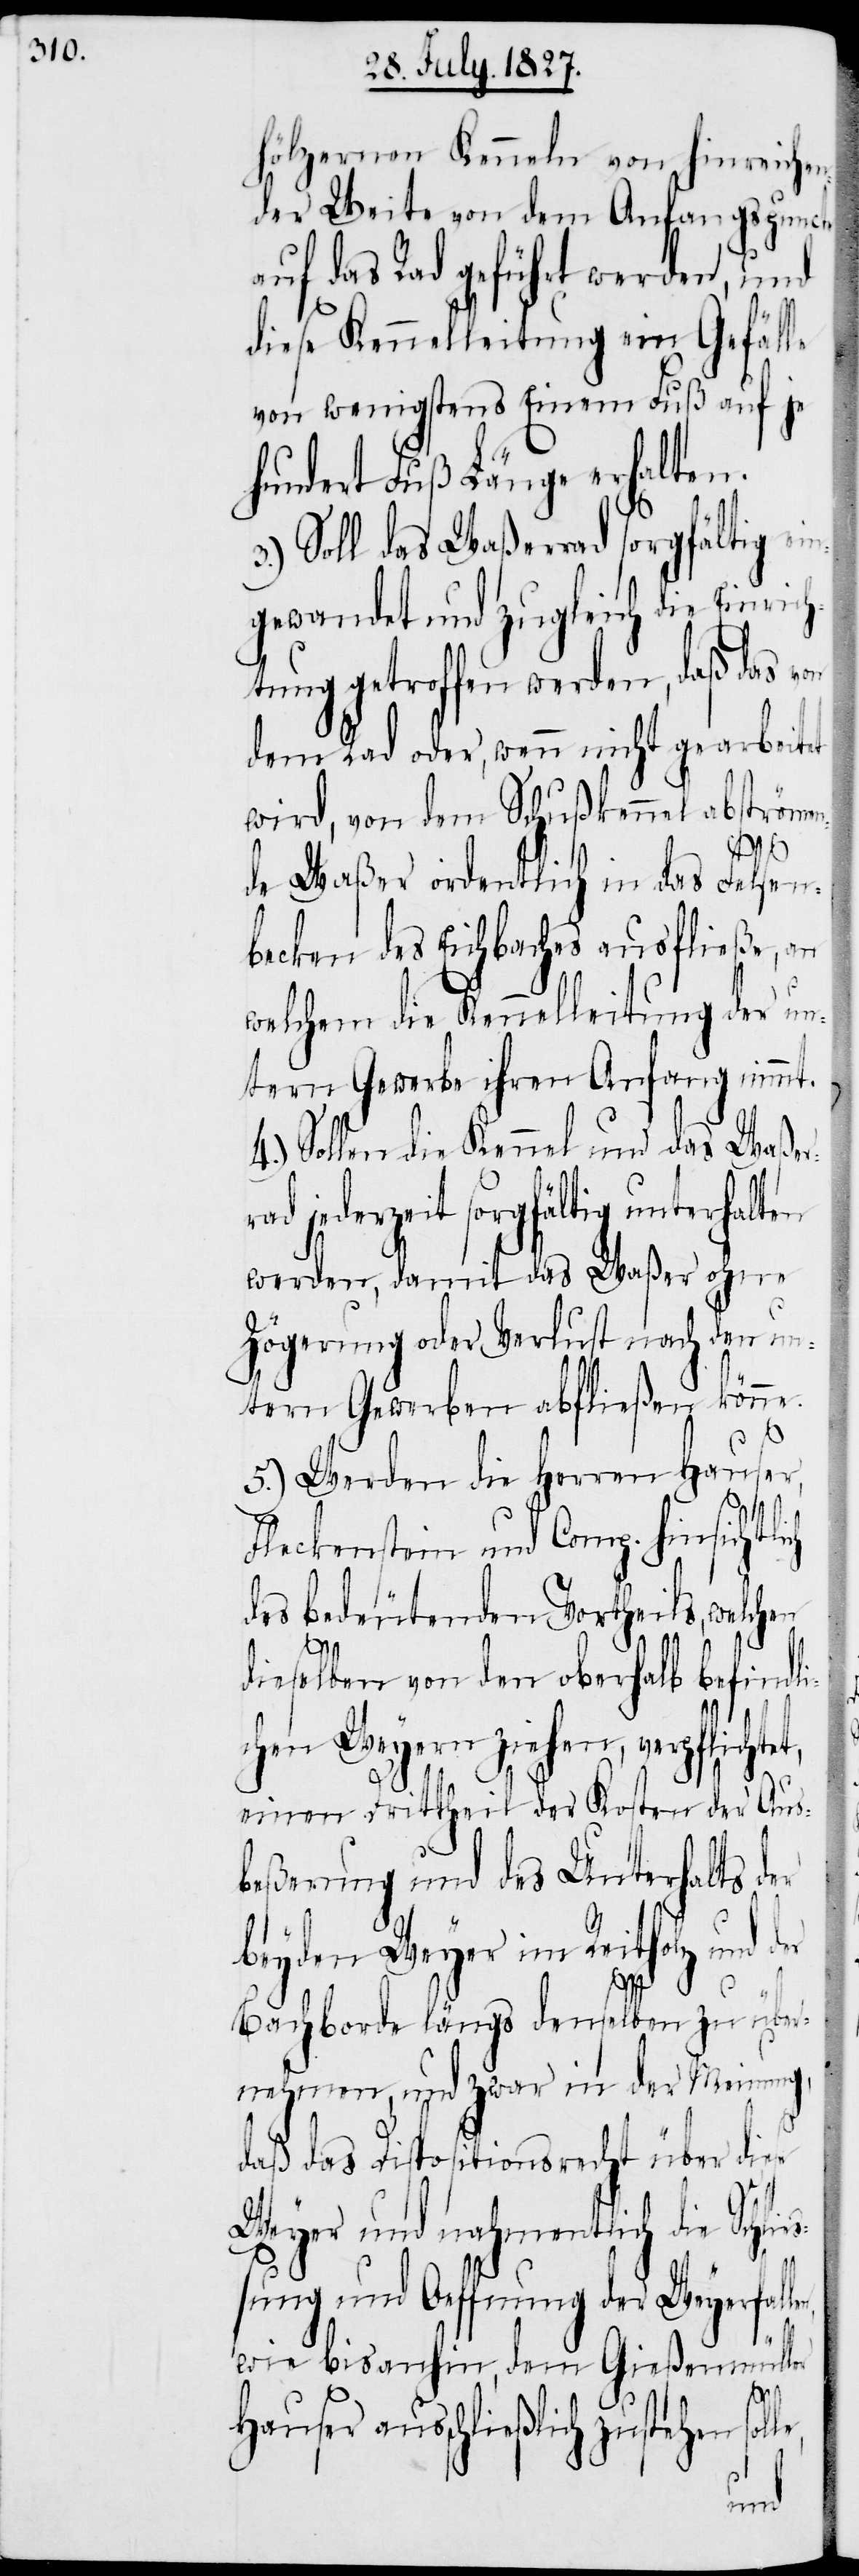
hölzernen Kenneln von hinreichen¬
der Weite von dem Anfangspuncte
auf das Rad geführt werden, und
diese Kennelleitung ein Gefälle
von wenigstens Einem Fuß auf
hundert Fuß Länge erhalten.
3.) Soll das Waßerrad sorgfältig ei¬
ngewandet und zugleich die Einric¬
htung getroffen werden, daß das v¬
dem Rad oder, wenn nicht gearbeitet
wird, von dem Schlußkennel abströmen¬
de Waßer ordentlich in das Felsen¬
becken des Eichbaches ausfließe,
welchem die Kennelleitung der
tern Gewerbe ihren Anfang nimmt.
4.) Sollen die Kennel und das Wa¬
ad jederzeit sorgfältig unterhalt¬
werden, damit das Waßer ohne
Zögerung oder Verlust nach den un¬
tern Gewerben abfließen könne.
5.) Werden die Herren Hause¬
Fleckenstein und Comp. hinsicht¬
des bedeutenden Vortheils, welchen
dieselben von den oberhalb befindl¬
ichen Weyern ziehen, verpflicht¬
einen Drittheil der Kosten der Aus¬
beßerung und des Unterhalts d¬
beyden Weyer im Reitholz und der
r,
Bachborde längs denselben zu über¬
nehmen, und zwar in der Meinung,
daß das Dispositionsrecht über die¬
Weyer und nahmentlich die Schl¬
ßung und Oeffnung der Weyerfall¬
wie bis anhin, dem Gießenmüller
lle,
Hauser ausschließlich zustehen so¬
en,